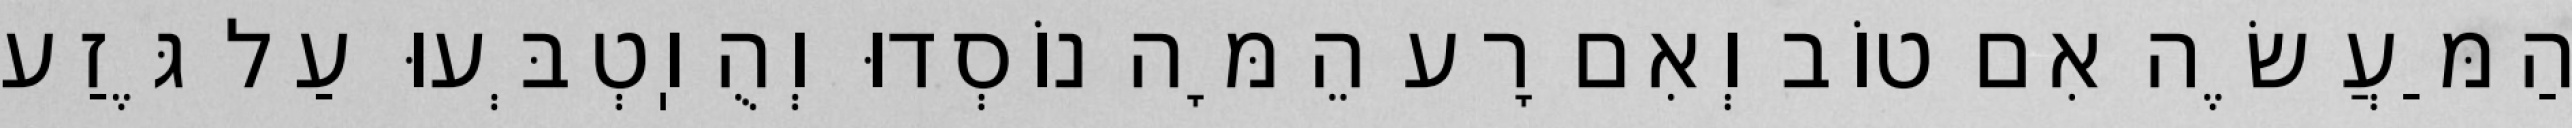
הַמַּעֲשֶׂה אִם טוֹב וְאִם רָע הֵמָּה נוֹסְדוּ וְהֻוֽטְבְּעוּ עַל גֶּזַע